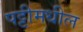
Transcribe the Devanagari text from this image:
पट्टीमधील